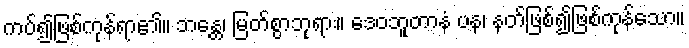
ကပ်၍ဖြစ်ကုန်ရာ၏။ ဘန္တေ၊ မြတ်စွာဘုရား။ ဒေဝဘူတာနံ ပန၊ နတ်ဖြစ်၍ဖြစ်ကုန်သော။